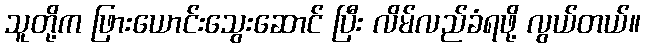
သူတို့က ဖြားယောင်းသွေးဆောင် ပြီး လိမ်လည်ခံရဖို့ လွယ်တယ်။